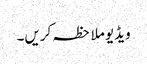
ویڈیو ملاحظہ کریں۔